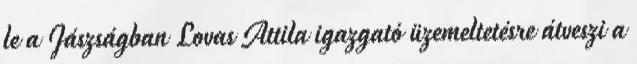
le a Jászságban Lovas Attila igazgató üzemeltetésre átveszi a